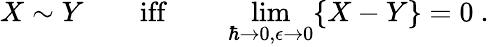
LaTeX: X\sim Y\qquad\mathrm{iff}\qquad\operatorname*{lim}_{\hbar\to 0,\epsilon\to 0}\{ X-Y\} =0~.